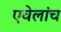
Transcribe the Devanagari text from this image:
एवेलांच